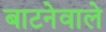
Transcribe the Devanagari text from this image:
बाटनेवाले